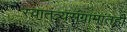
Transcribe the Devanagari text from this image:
स्वातंत्र्यसंग्रामातही